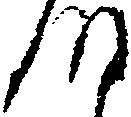
つ